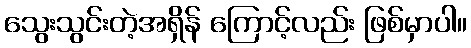
သွေးသွင်းတဲ့အရှိန် ကြောင့်လည်း ဖြစ်မှာပါ။